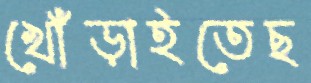
খোঁড়াইতেছ